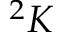
^ { 2 } K